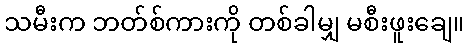
သမီးက ဘတ်စ်ကားကို တစ်ခါမျှ မစီးဖူးချေ။